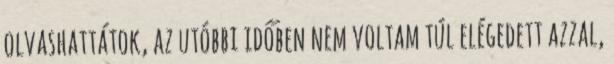
olvashattátok, az utóbbi időben nem voltam túl elégedett azzal,